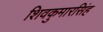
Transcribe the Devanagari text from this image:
शिवकुमारसिंह